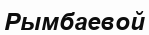
Рымбаевой